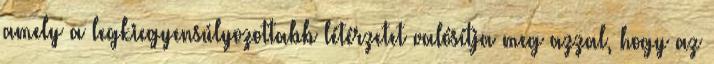
amely a legkiegyensúlyozottabb létérzetet valósítja meg azzal, hogy az